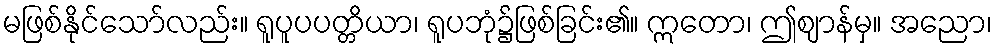
မဖြစ်နိုင်သော်လည်း။ ရူပူပပတ္တိယာ၊ ရူပဘုံ၌ဖြစ်ခြင်း၏။ ဣတော၊ ဤဈာန်မှ။ အညော၊